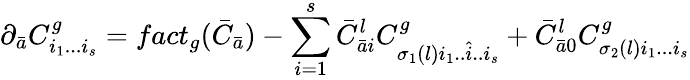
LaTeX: \partial_{\bar{a}}C_{i_{1}...i_{s}}^{g}=fact_{g}({\bar{C}}_{\bar{a}})-\sum_{i=1}^{s}{\bar{C}}_{{\bar{a}}i}^{l}C_{\sigma_{1}(l)i_{1}..{\hat{i}}..i_{s}}^{g}+{\bar{C}}_{{\bar{a}}0}^{l}C_{\sigma_{2}(l)i_{1}...i_{s}}^{g}